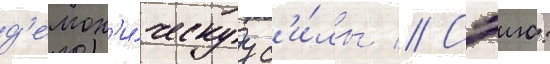
д'емон'и́ческуу с'и́лы // Сэию: